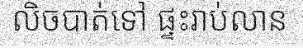
លិចបាត់ទៅ ផ្ទះរាប់លាន